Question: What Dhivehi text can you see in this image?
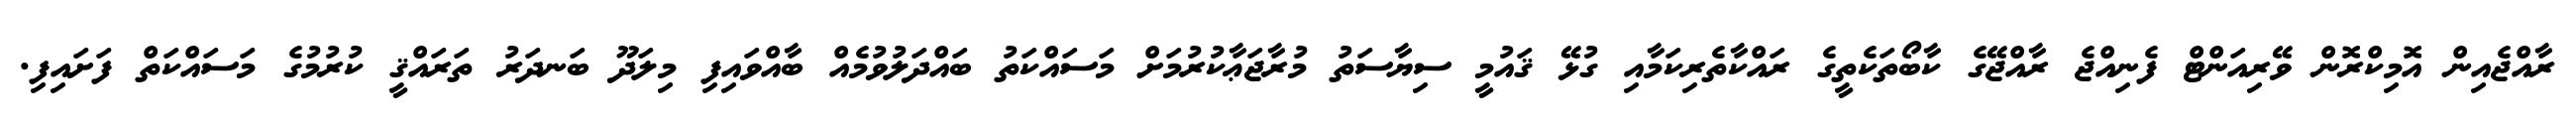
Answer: ރާއްޖެއިން އޮމިކްރޮން ވޭރިއަންޓް ފެނިއްޖެ ރާއްޖޭގެ ކާބޯތަކެތީގެ ރައްކާތެރިކަމާއި ގުޅޭ ޤައުމީ ސިޔާސަތު މުރާޖަޢާކުރުމަށް މަސައްކަތު ބައްދަލުވުމެއް ބާއްވައިފި މިލަދޫ ބަނދަރު ތަރައްޤީ ކުރުމުގެ މަސައްކަތް ފަށައިފި.